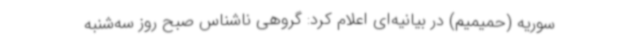
سوریه (حمیمیم) در بیانیه‌ای اعلام کرد: گروهی ناشناس صبح روز سه‌شنبه